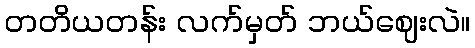
တတိယတန်း လက်မှတ် ဘယ်ဈေးလဲ။